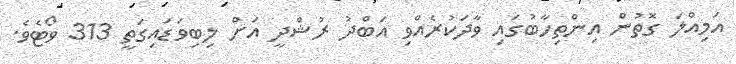
އަމިއްލަ ގޮތުން އިންތިހާބުގައި ވާދަކުރެއްވި އަބްދު ރުޝްދީ އަށް ލިބިވަޑައިގަތީ 313 ވޯޓެވެ.